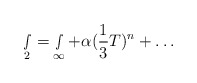
\begin{align*}\smallint _2=\smallint _\infty +\alpha ({\frac 13}T)^n+\ldots\end{align*}